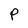
Character: P